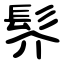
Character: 䯰